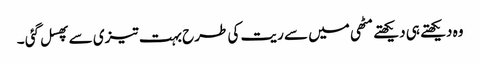
وہ دیکھتے ہی دیکھتے مٹھی میں سے ریت کی طرح بہت تیزی سے پھسل گئی ۔